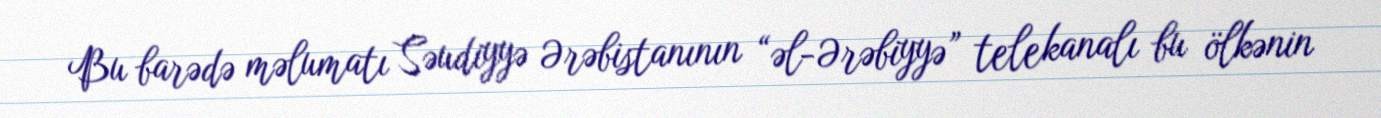
Bu barədə məlumatı Səudiyyə Ərəbistanının “əl-Ərəbiyyə” telekanalı bu ölkənin